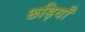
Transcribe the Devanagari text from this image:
छड़ियाँ